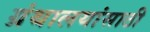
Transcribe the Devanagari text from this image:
ग्रंथालयांसाठी